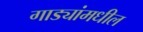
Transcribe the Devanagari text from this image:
गाड्यांमधील